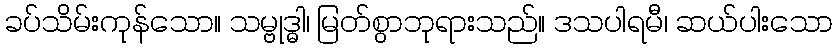
ခပ်သိမ်းကုန်သော။ သမ္ဗုဒ္ဓါ၊ မြတ်စွာဘုရားသည်။ ဒသပါရမီ၊ ဆယ်ပါးသော